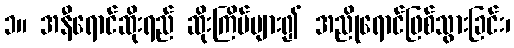
၁။ အနီရောင်ဆိုးရည် ဆိုးကြိမ်များ၍ အညိုရောင်ဖြစ်သွားခြင်း၊